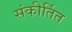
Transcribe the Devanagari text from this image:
संकीर्तित